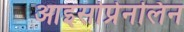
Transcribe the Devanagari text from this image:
आइसोप्रेनलिन